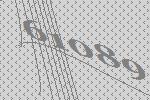
61089